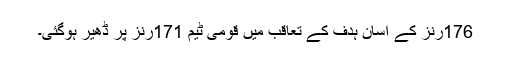
176رنز کے آسان ہدف کے تعاقب میں قومی ٹیم 171رنز پر ڈھیر ہوگئی۔